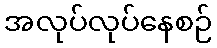
အလုပ်လုပ်နေစဉ်